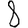
Digit: 8